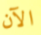
الآن